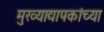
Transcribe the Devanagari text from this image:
मुख्‍याद्यापकांच्‍या